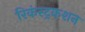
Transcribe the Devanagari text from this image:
रिकंस्ट्रकशन